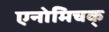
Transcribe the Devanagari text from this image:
एनोमिचक्